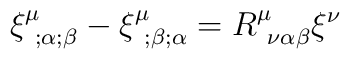
\xi ^\mu _{~;\alpha ; \beta} - \xi ^\mu _{~; \beta ;\alpha}=R^\mu _{~\nu \alpha \beta} \xi ^\nu